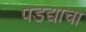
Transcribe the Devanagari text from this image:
पडद्याचा